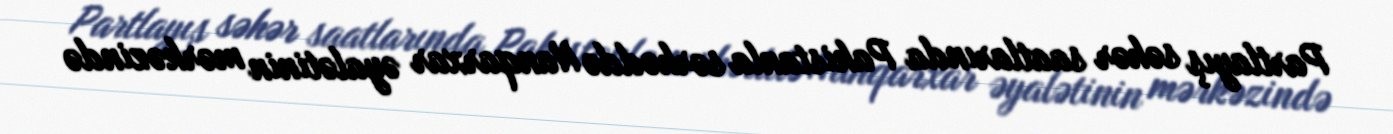
Partlayış səhər saatlarında Pakistanla sərhəddə Nanqarxar əyalətinin mərkəzində